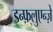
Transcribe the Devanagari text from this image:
इन्फ़्लुएन्ज़े